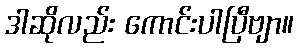
ဒါဆိုလည်း ကောင်းပါပြီဗျာ။